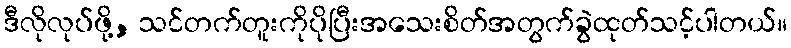
ဒီလိုလုပ်ဖို့, သင်တက်တူးကိုပိုပြီးအသေးစိတ်အတွက်ခွဲထုတ်သင့်ပါတယ်။